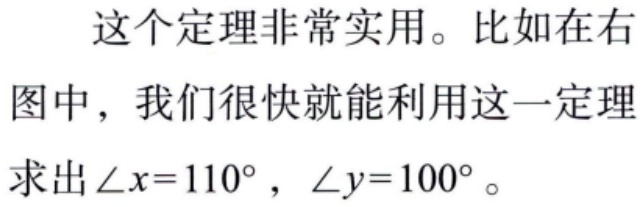
这个定理非常实用。比如在右图中，我们很快就能利用这一定理求出\(\angle x = 110^{\circ}\)，\(\angle y = 100^{\circ}\)。